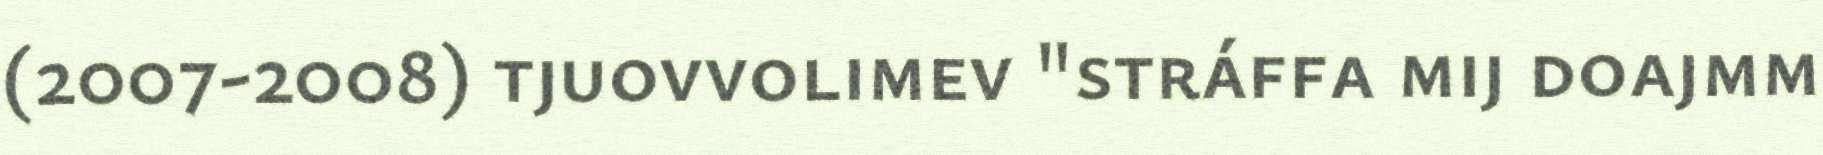
(2007-2008) tjuovvolimev "stráffa mij doajmm